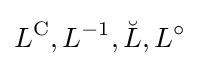
L^{\operatorname {C} },L^{-1},{\breve {L}},L^{\circ }